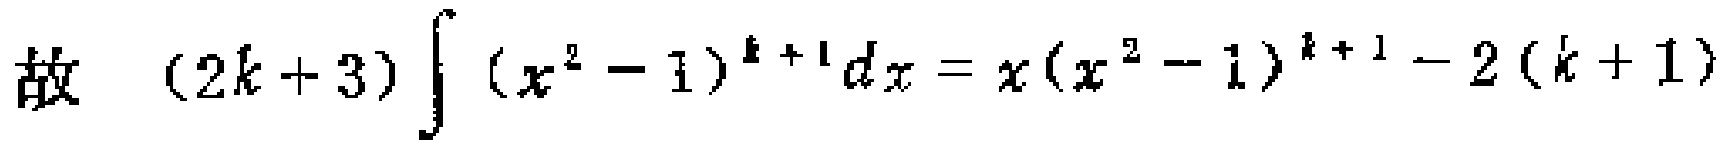
故 \((2k + 3)\int (x^{2}-1)^{k + 1}dx=x(x^{2}-1)^{k + 1}-2(k + 1)\)